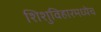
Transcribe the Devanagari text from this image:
शिशुविहारमध्येच